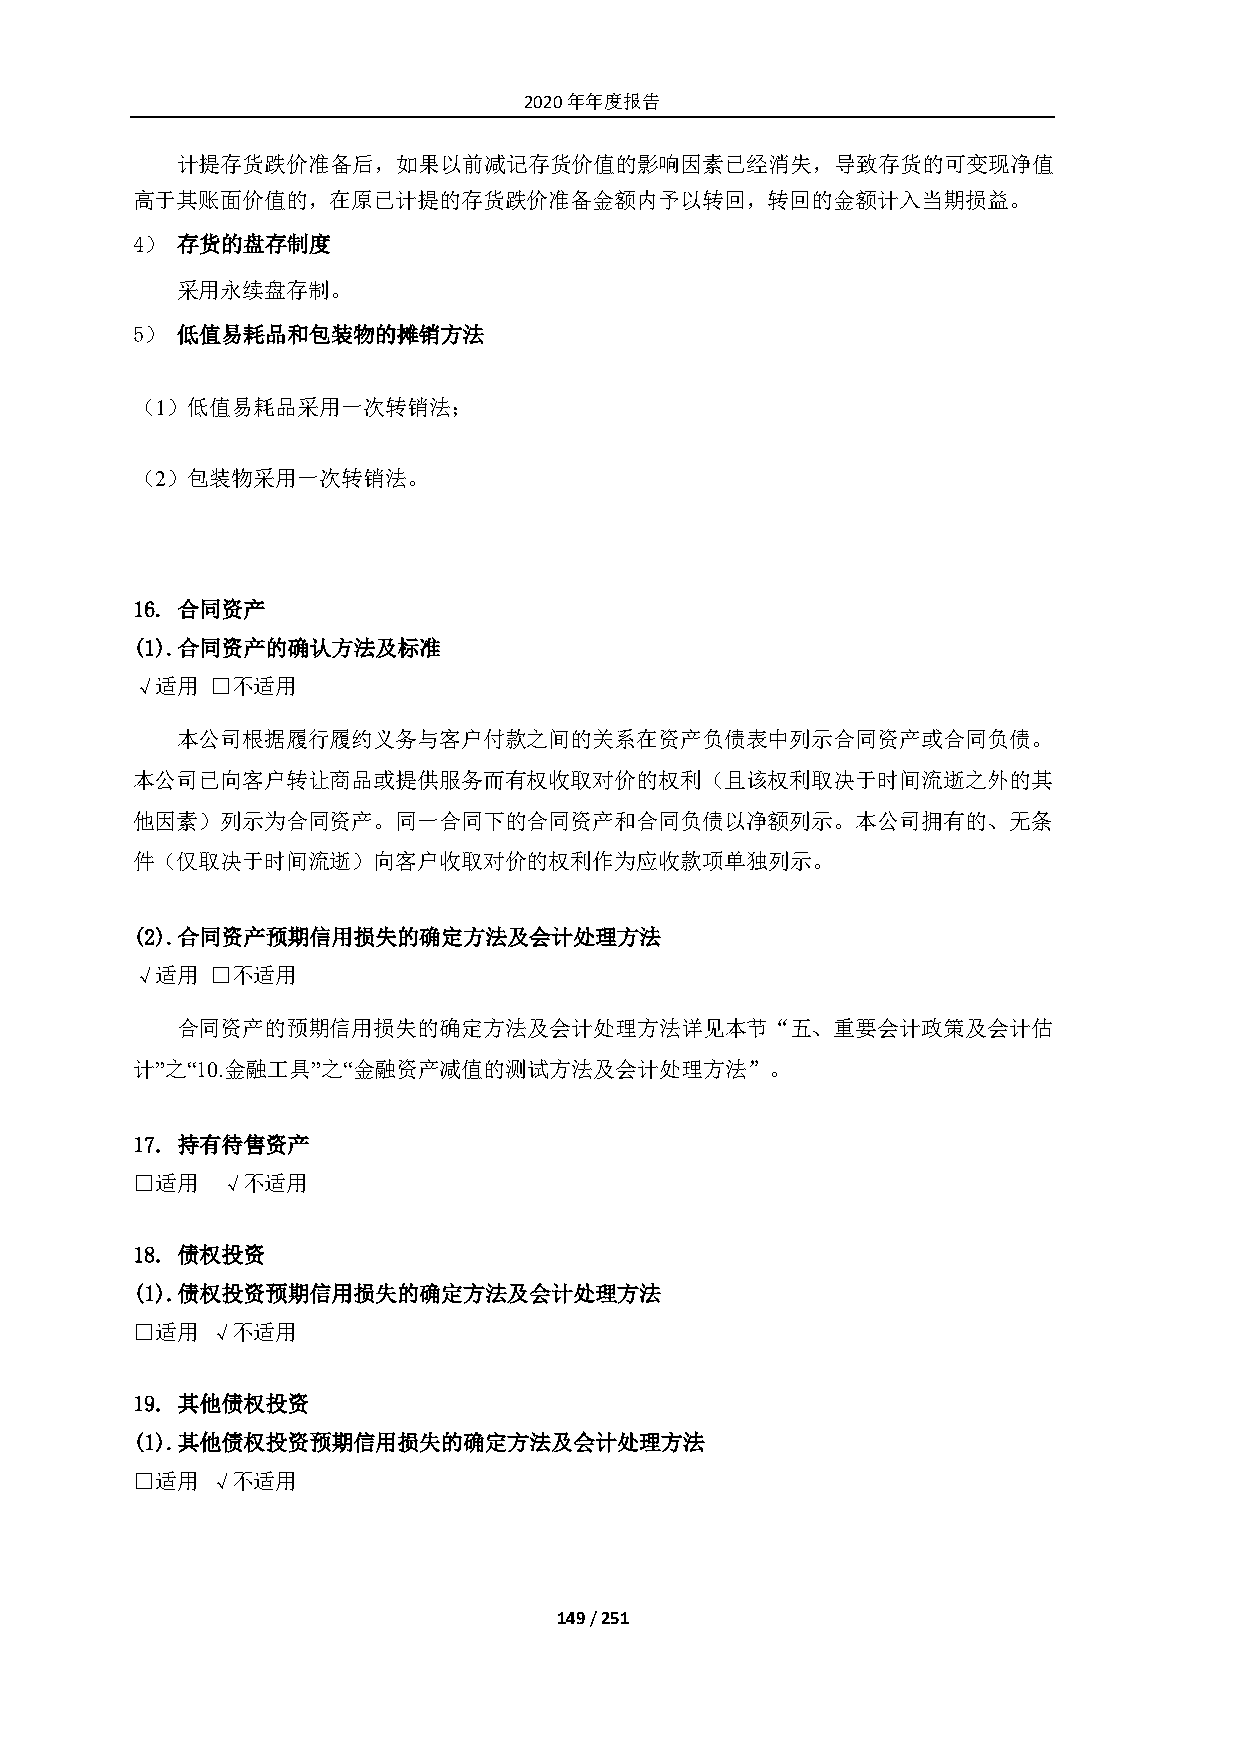
2020年年度报告
 计提存货跌价准备后，如果以前减记存货价值的影响因素已经消失，导致存货的可变现净值
 高于其账面价值的，在原已计提的存货跌价准备金额内予以转回，转回的金额计入当期损益。
 4） 存货的盘存制度
 采用永续盘存制。
 5） 低值易耗品和包装物的摊销方法
 （1）低值易耗品采用一次转销法；
 （2）包装物采用一次转销法。
 16. 合同资产
 (1). 合同资产的确认方法及标准
 √适用  □不适用
 本公司根据履行履约义务与客户付款之间的关系在资产负债表中列示合同资产或合同负债。
 本公司已向客户转让商品或提供服务而有权收取对价的权利（且该权利取决于时间流逝之外的其
 他因素）列示为合同资产。同一合同下的合同资产和合同负债以净额列示。本公司拥有的、无条
 件（仅取决于时间流逝）向客户收取对价的权利作为应收款项单独列示。
 (2). 合同资产预期信用损失的确定方法及会计处理方法
 √适用  □不适用
 合同资产的预期信用损失的确定方法及会计处理方法详见本节“五、重要会计政策及会计估
 计”之“10.金融工具”之“金融资产减值的测试方法及会计处理方法”。
 17. 持有待售资产
 □适用   √不适用
 18. 债权投资
 (1). 债权投资预期信用损失的确定方法及会计处理方法
 □适用  √不适用
 19. 其他债权投资
 (1). 其他债权投资预期信用损失的确定方法及会计处理方法
 □适用  √不适用
 149 / 251